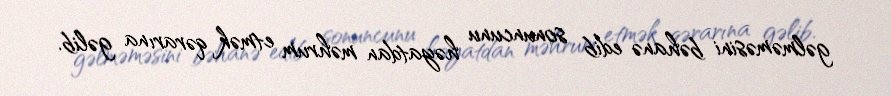
gəlməməsini bəhanə edib sonuncunu həyatdan məhrum etmək qərarına gəlib.